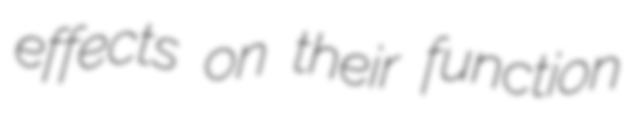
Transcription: effects on their function